Report on vaccination proceedings throughout the Government of Bengal -
Year: 1868
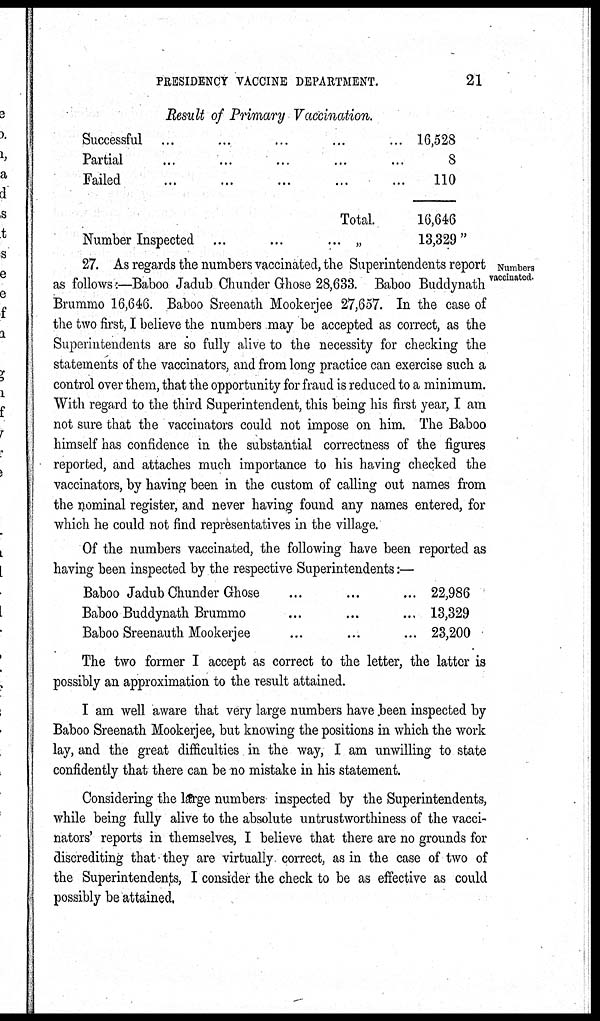
PRESIDENCY VACCINE DEPARTMENT.
21
Result of Primary Vaccination.
Successful ... ... ... ... ...
Partial ... ... ... ... ...
Failed ... ... ... ... ...
Total.
Number Inspected ... ... ... ... ...
16,528
8
110
16,646
13,329 "
Numbers
vaccinated.
27. As regards the numbers vaccinated, the Superintendents report
as follows:—Baboo Jadub Chunder Ghose 28,633. Baboo Buddynath
Brummo 16,646. Baboo Sreenath Mookerjee 27,657. In the case of
the two first, I believe the numbers may be accepted as correct, as the
Superintendents are so fully alive to the necessity for checking the
statements of the vaccinators, and from long practice can exercise such a
control over them, that the opportunity for fraud is reduced to a minimum.
With regard to the third Superintendent, this being his first year, I am
not sure that the vaccinators could not impose on him. The Baboo
himself has confidence in the substantial correctness of the figures
reported, and attaches much importance to his having checked the
vaccinators, by having been in the custom of calling out names from
the nominal register, and never having found any names entered, for
which he could not find representatives in the village.
Of the numbers vaccinated, the following have been reported as
having been inspected by the respective Superintendents:—
Baboo Jadub Chunder Ghose ... ... ...
Baboo Buddynath Brummo ... ... ...
Baboo Sreenauth Mookerjee ... ... ...
22,986
13,329
23,200
The two former I accept as correct to the letter, the latter is
possibly an approximation to the result attained.
I am well aware that very large numbers have been inspected by
Baboo Sreenath Mookerjee, but knowing the positions in which the work
lay, and the great difficulties in the way, I am unwilling to state
confidently that there can be no mistake in his statement.
Considering the large numbers inspected by the Superintendents,
while being fully alive to the absolute untrustworthiness of the vacci-
nators' reports in themselves, I believe that there are no grounds for
discrediting that they are virtually correct, as in the case of two of
the Superintendents, I consider the check to be as effective as could
possibly be attained.